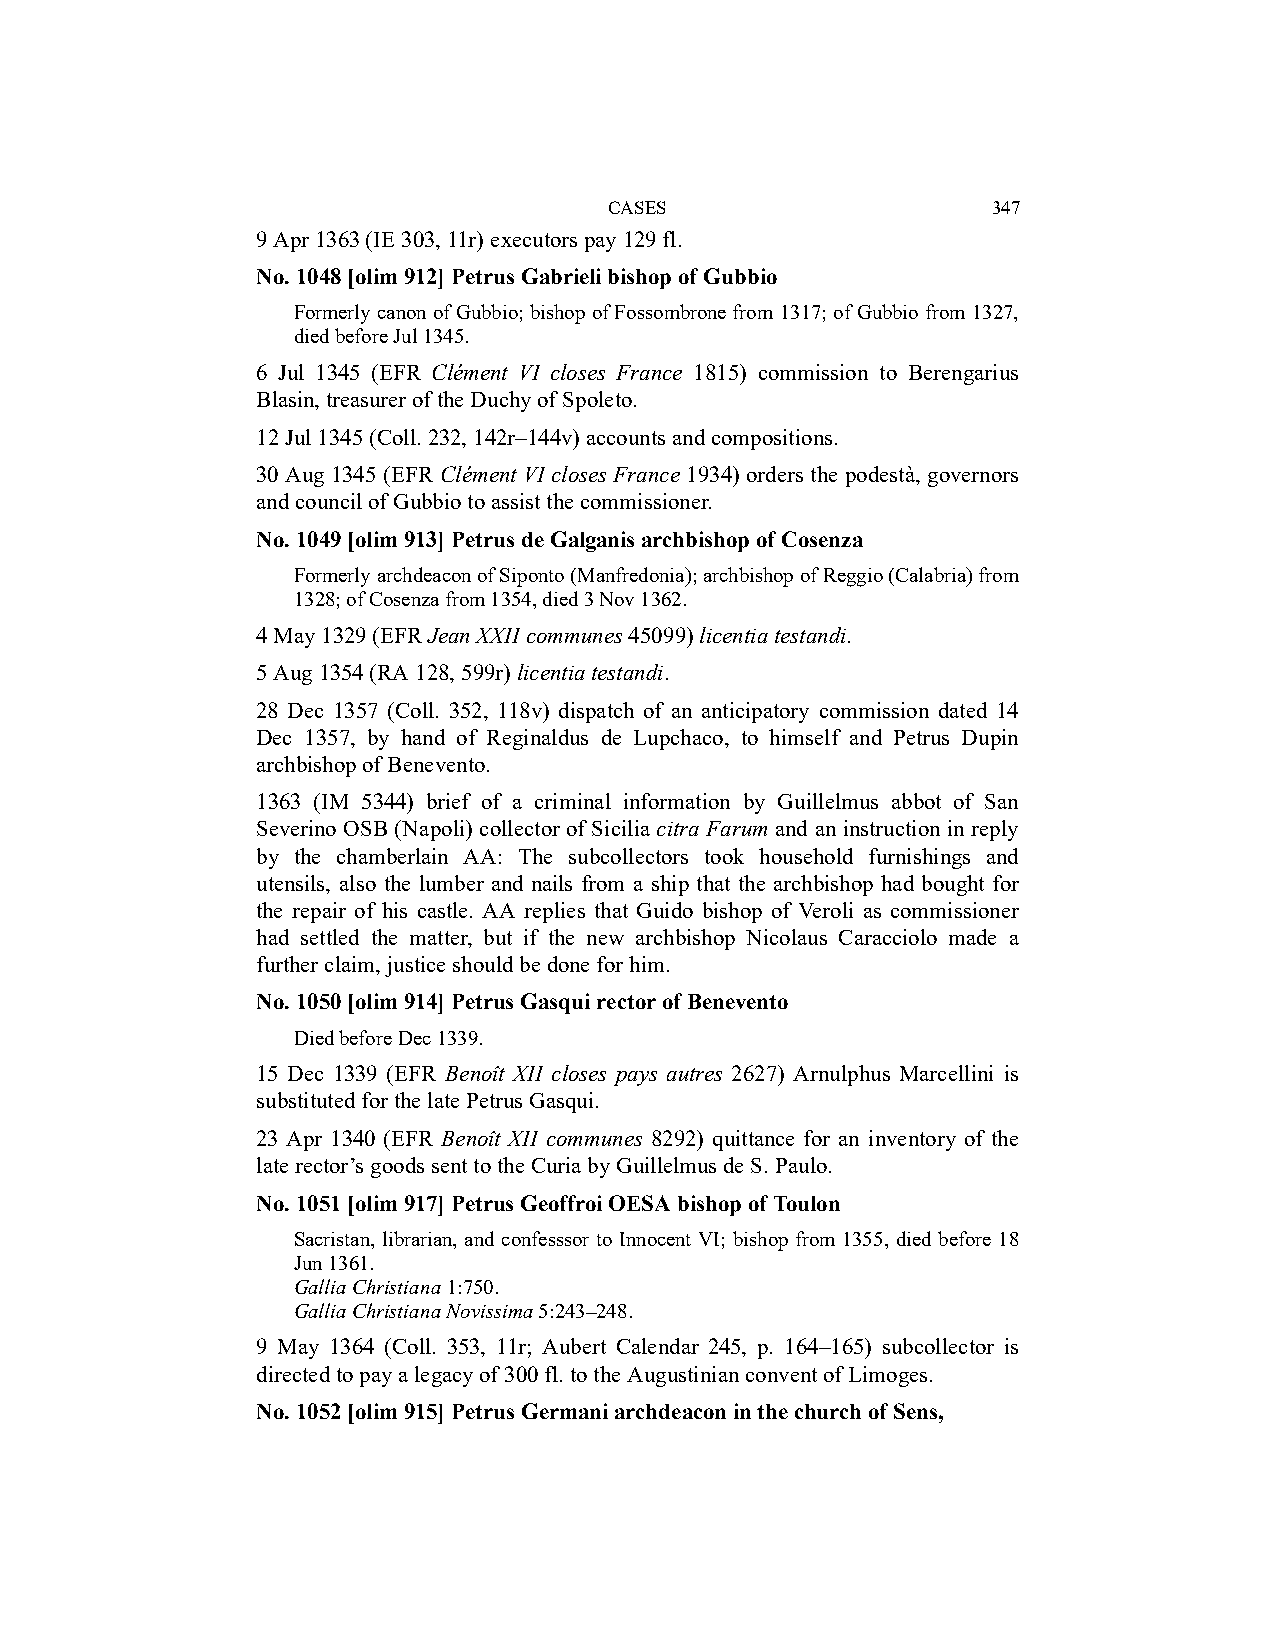
CASES                     347
 9 Apr 1363 (IE 303, 11r) executors pay 129 fl.
 No. 1048 [olim 912] Petrus Gabrieli bishop of Gubbio
 Formerly canon of Gubbio; bishop of Fossombrone from 1317; of Gubbio from 1327,
 died before Jul 1345.
 6 Jul 1345 (EFR Clément VI closes France 1815) commission to Berengarius
 Blasin, treasurer of the Duchy of Spoleto.
 12 Jul 1345 (Coll. 232, 142r–144v) accounts and compositions.
 30 Aug 1345 (EFR Clément VI closes France 1934) orders the podestà, governors
 and council of Gubbio to assist the commissioner.
 No. 1049 [olim 913] Petrus de Galganis archbishop of Cosenza
 Formerly archdeacon of Siponto (Manfredonia); archbishop of Reggio (Calabria) from
 1328; of Cosenza from 1354, died 3 Nov 1362.
 4 May 1329 (EFR Jean XXII communes 45099) licentia testandi.
 5 Aug 1354 (RA 128, 599r) licentia testandi.
 28 Dec 1357 (Coll. 352, 118v) dispatch of an anticipatory commission dated 14
 Dec 1357, by hand of Reginaldus de Lupchaco, to himself and Petrus Dupin
 archbishop of Benevento.
 1363 (IM 5344) brief of a criminal information by Guillelmus abbot of San
 Severino OSB (Napoli) collector of Sicilia citra Farum and an instruction in reply
 by the chamberlain AA: The subcollectors took household furnishings and
 utensils, also the lumber and nails from a ship that the archbishop had bought for
 the repair of his castle. AA replies that Guido bishop of Veroli as commissioner
 had settled the matter, but if the new archbishop Nicolaus Caracciolo made a
 further claim, justice should be done for him.
 No. 1050 [olim 914] Petrus Gasqui rector of Benevento
 Died before Dec 1339.
 15 Dec 1339 (EFR Benoît XII closes pays autres 2627) Arnulphus Marcellini is
 substituted for the late Petrus Gasqui.
 23 Apr 1340 (EFR Benoît XII communes 8292) quittance for an inventory of the
 late rector’s goods sent to the Curia by Guillelmus de S. Paulo.
 No. 1051 [olim 917] Petrus Geoffroi OESA bishop of Toulon
 Sacristan, librarian, and confesssor to Innocent VI; bishop from 1355, died before 18
 Jun 1361.
 Gallia Christiana 1:750.
 Gallia Christiana Novissima 5:243–248.
 9 May 1364 (Coll. 353, 11r; Aubert Calendar 245, p. 164–165) subcollector is
 directed to pay a legacy of 300 fl. to the Augustinian convent of Limoges.
 No. 1052 [olim 915] Petrus Germani archdeacon in the church of Sens,